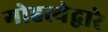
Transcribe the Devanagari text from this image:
गोहत्येद्वारे